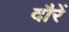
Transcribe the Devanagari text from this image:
दौरें